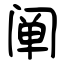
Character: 阐